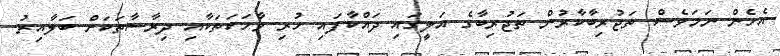
އެހެން ނަމަވެސް ތަޖުރިބާކާރުން ތަޖުރިބާގެ އަލީގައި ދައްކާފައި ހުރި ވާހަކަތަކާއި ދިރާސާތަކަށް ބަލާއިރު